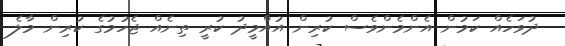
ދުވަހެއް ކަމުން އެންމެންވެސް ކުރިން އުއްމީދު ކުރީ ތިނެއް ޖެހުމުގެ ކުރިން މާލެ